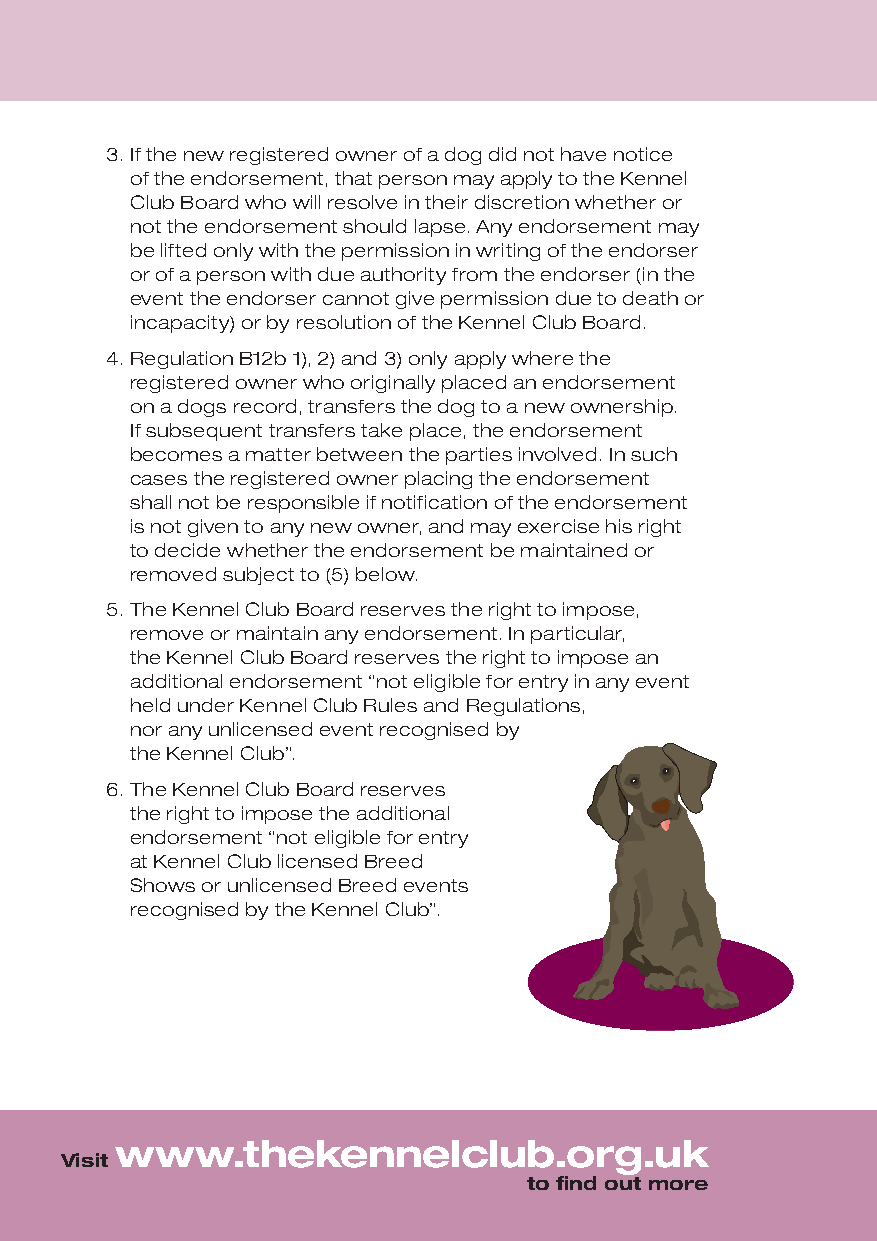
3. If the new registered owner of a dog did not have notice
 of the endorsement, that person may apply to the Kennel
 Club Board who will resolve in their discretion whether or
 not the endorsement should lapse. Any endorsement may
 be lifted only with the permission in writing of the endorser
 or of a person with due authority from the endorser (in the
 event the endorser cannot give permission due to death or
 incapacity) or by resolution of the Kennel Club Board.
 4. Regulation B12b 1), 2) and 3) only apply where the
 registered owner who originally placed an endorsement
 on a dogs record, transfers the dog to a new ownership.
 If subsequent transfers take place, the endorsement
 becomes a matter between the parties involved. In such
 cases the registered owner placing the endorsement
 shall not be responsible if notification of the endorsement
 is not given to any new owner, and may exercise his right
 to decide whether the endorsement be maintained or
 removed subject to (5) below.
 5. The Kennel Club Board reserves the right to impose,
 remove or maintain any endorsement. In particular,
 the Kennel Club Board reserves the right to impose an
 additional endorsement “not eligible for entry in any event
 held under Kennel Club Rules and Regulations,
 nor any unlicensed event recognised by
 the Kennel Club”.
 6. The Kennel Club Board reserves
 the right to impose the additional
 endorsement “not eligible for entry
 at Kennel Club licensed Breed
 Shows or unlicensed Breed events
 recognised by the Kennel Club”.
 www.thekennelclub.org.uk
 Visit
 to find out more